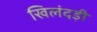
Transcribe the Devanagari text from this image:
खिलंदड़ी